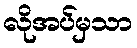
လိုအပ်မှသာ